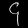
Digit: ၄